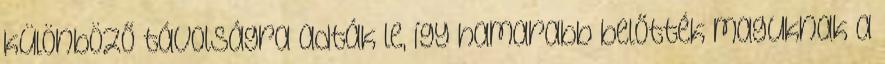
különböző távolságra adták le, így hamarabb belőtték maguknak a